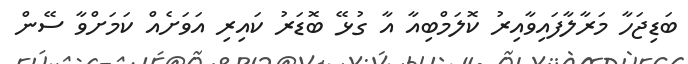
ބަޑިޖަހާ މަރާލާފައިވާއިރު ކޮލަމްބިއާ އާ ގުޅޭ ބޮޑަރު ކައިރި އަވަށެއް ކަމަށްވާ ސޭން